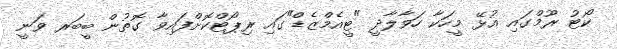
ކޯޓު ރޫމްގައި އުޅޭ މީހަކާ ހަވާލާދީ "ޓީއެމްޒެޑް"ގައި ރިޕޯޓްކޮށްފައިވާ ގޮތުން ބީބަރ ވަނީ